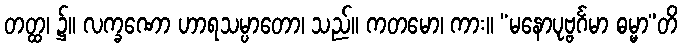
တတ္ထ၊ ၌။ လက္ခဏော ဟာရသမ္ပာတော၊ သည်။ ကတမော၊ ကား။ “မနောပုဗ္ဗင်္ဂမာ ဓမ္မာ”တိ